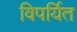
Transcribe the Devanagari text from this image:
विपर्यित